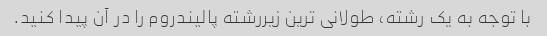
با توجه به یک رشته، طولانی ترین زیررشته پالیندروم را در آن پیدا کنید.